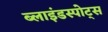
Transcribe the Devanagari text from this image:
ब्लाइंडस्पोट्स